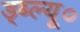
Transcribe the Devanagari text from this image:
ड्ब्ल्यू०